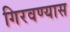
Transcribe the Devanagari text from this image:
गिरवण्यास